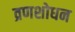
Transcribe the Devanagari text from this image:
व्रणशोधन